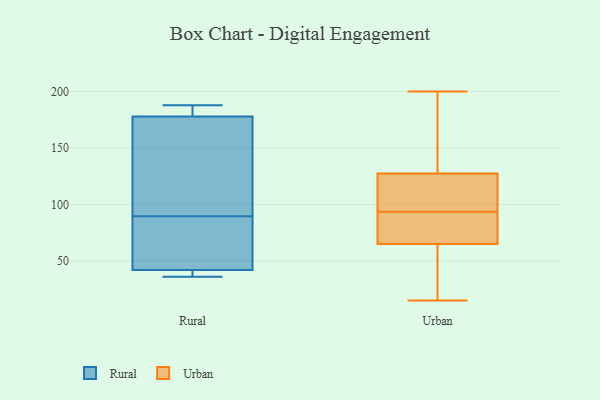
{"axis": {"x": "Revenue (USD Million)", "y": "Value"}, "legend": ["Rural", "Urban"], "data": [{"x": "", "y": 45, "type": "Rural"}, {"x": "", "y": 69, "type": "Rural"}, {"x": "", "y": 178, "type": "Rural"}, {"x": "", "y": 76, "type": "Rural"}, {"x": "", "y": 185, "type": "Rural"}, {"x": "", "y": 36, "type": "Rural"}, {"x": "", "y": 103, "type": "Rural"}, {"x": "", "y": 178, "type": "Rural"}, {"x": "", "y": 39, "type": "Rural"}, {"x": "", "y": 188, "type": "Rural"}, {"x": "", "y": 37, "type": "Rural"}, {"x": "", "y": 121, "type": "Rural"}, {"x": "", "y": 178, "type": "Urban"}, {"x": "", "y": 64, "type": "Urban"}, {"x": "", "y": 93, "type": "Urban"}, {"x": "", "y": 185, "type": "Urban"}, {"x": "", "y": 48, "type": "Urban"}, {"x": "", "y": 18, "type": "Urban"}, {"x": "", "y": 99, "type": "Urban"}, {"x": "", "y": 109, "type": "Urban"}, {"x": "", "y": 89, "type": "Urban"}, {"x": "", "y": 37, "type": "Urban"}, {"x": "", "y": 77, "type": "Urban"}, {"x": "", "y": 96, "type": "Urban"}, {"x": "", "y": 153, "type": "Urban"}, {"x": "", "y": 15, "type": "Urban"}, {"x": "", "y": 200, "type": "Urban"}, {"x": "", "y": 122, "type": "Urban"}, {"x": "", "y": 66, "type": "Urban"}, {"x": "", "y": 94, "type": "Urban"}, {"x": "", "y": 68, "type": "Urban"}, {"x": "", "y": 133, "type": "Urban"}]}